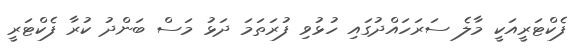
ފެކްޓަރީއަކީ މާލެ ސަރަހައްދުގައި ހުޅުވި ފުރަތަމަ ދަޅު މަސް ބަންދު ކުރާ ފެކްޓަރީ